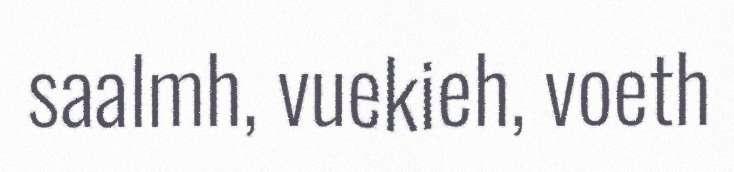
saalmh, vuekieh, voeth